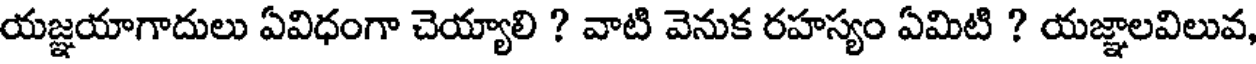
యజ్ఞయాగాదులు ఏవిధంగా చెయ్యాలి ? వాటి వెనుక రహస్యం ఏమిటి ? యజ్ఞాలవిలువ,